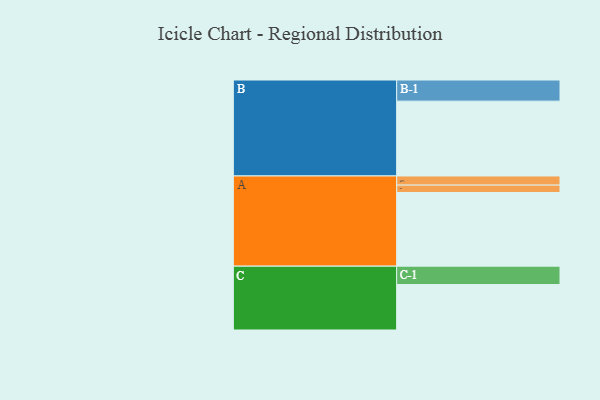
{"axis": {"x": "Segment", "y": "Value"}, "legend": ["", "A", "B", "C"], "data": [{"x": "A", "y": 509, "type": ""}, {"x": "B", "y": 517, "type": ""}, {"x": "C", "y": 314, "type": ""}, {"x": "A-1", "y": 63, "type": "A"}, {"x": "A-2", "y": 51, "type": "A"}, {"x": "B-1", "y": 146, "type": "B"}, {"x": "C-1", "y": 127, "type": "C"}]}